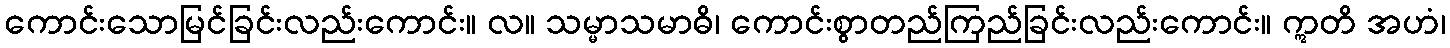
ကောင်းသောမြင်ခြင်းလည်းကောင်း။ လ။ သမ္မာသမာဓိ၊ ကောင်းစွာတည်ကြည်ခြင်းလည်းကောင်း။ ဣတိ အဟံ၊